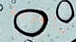
مأهولة